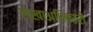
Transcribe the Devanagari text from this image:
लेखाअधिकारी